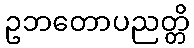
ဥဘတောပညတ္တိ